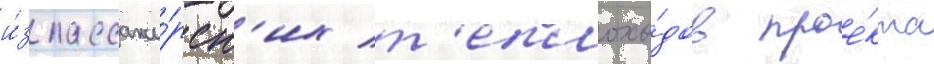
и́з пассажи́рск'их т'еплохо́дов прое́кта